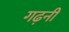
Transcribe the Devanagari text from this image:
गढ़नी